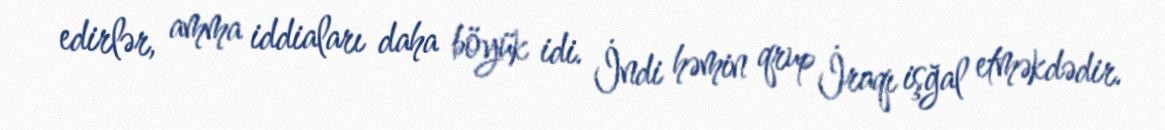
edirlər, amma iddiaları daha böyük idi. İndi həmin qrup İraqı işğal etməkdədir.